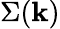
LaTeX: \Sigma(\mathbf{k})